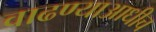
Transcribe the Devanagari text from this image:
वाढण्याआधीच